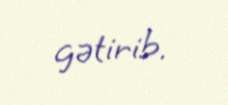
gətirib.